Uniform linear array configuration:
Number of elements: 32
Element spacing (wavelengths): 0.5
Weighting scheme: uniform
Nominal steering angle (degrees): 15
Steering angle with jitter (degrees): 15.945
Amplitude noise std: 0.05
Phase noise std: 0.05

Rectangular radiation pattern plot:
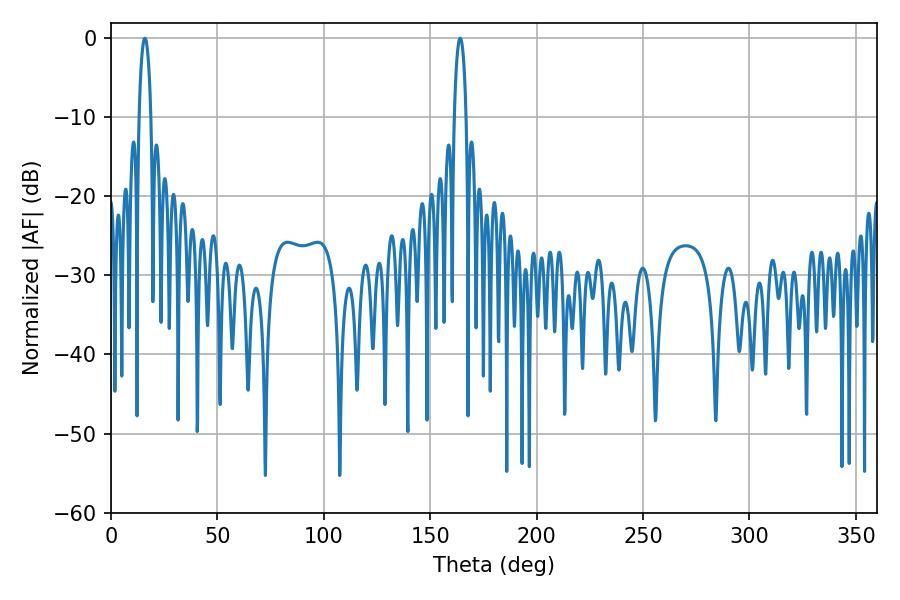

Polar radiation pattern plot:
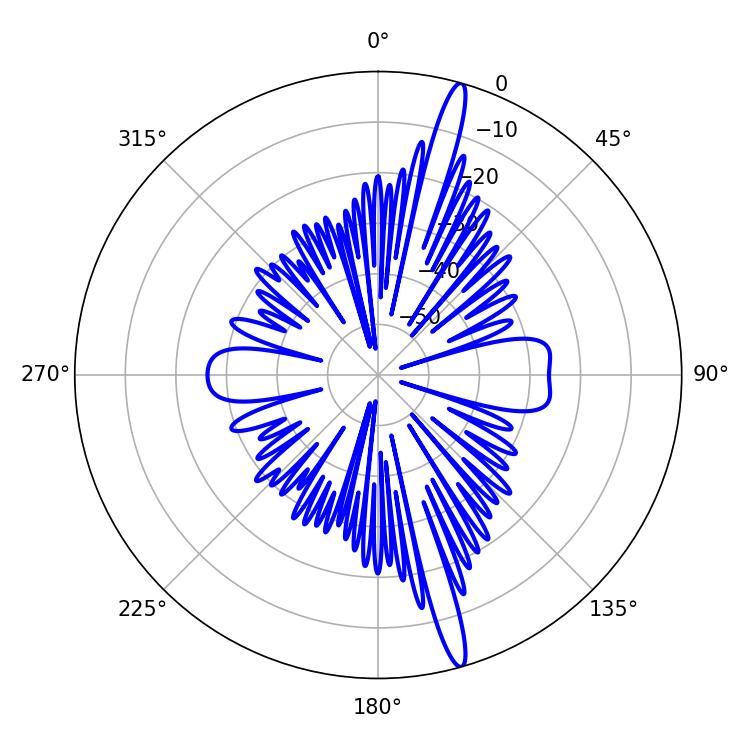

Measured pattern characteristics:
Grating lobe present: FALSE
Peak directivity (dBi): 17.476
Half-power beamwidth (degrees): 3.06
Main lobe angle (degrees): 15.84